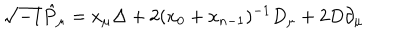
LaTeX: \sqrt { - 1 } \hat { P } _ { \mu } = x _ { \mu } \Delta + 2 ( x _ { 0 } + x _ { n - 1 } ) ^ { - 1 } D _ { \mu } + 2 D \partial _ { \mu }